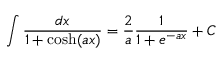
\int { \frac { d x } { 1 + \cosh ( a x ) } } = { \frac { 2 } { a } } { \frac { 1 } { 1 + e ^ { - a x } } } + C